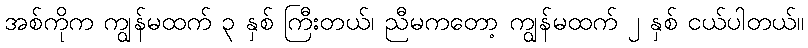
အစ်ကိုက ကျွန်မထက် ၃ နှစ် ကြီးတယ်၊ ညီမကတော့ ကျွန်မထက် ၂ နှစ် ငယ်ပါတယ်။